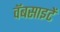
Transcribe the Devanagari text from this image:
वॅबसाइटें